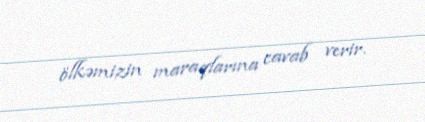
ölkəmizin maraqlarına cavab verir.